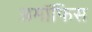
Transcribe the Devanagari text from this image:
अमॉफिस